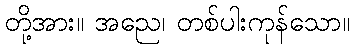
တို့အား။ အညေ၊ တစ်ပါးကုန်သော။